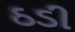
ઠડી